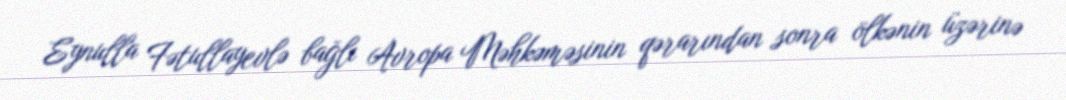
Eynulla Fətullayevlə bağlı Avropa Məhkəməsinin qərarından sonra ölkənin üzərinə